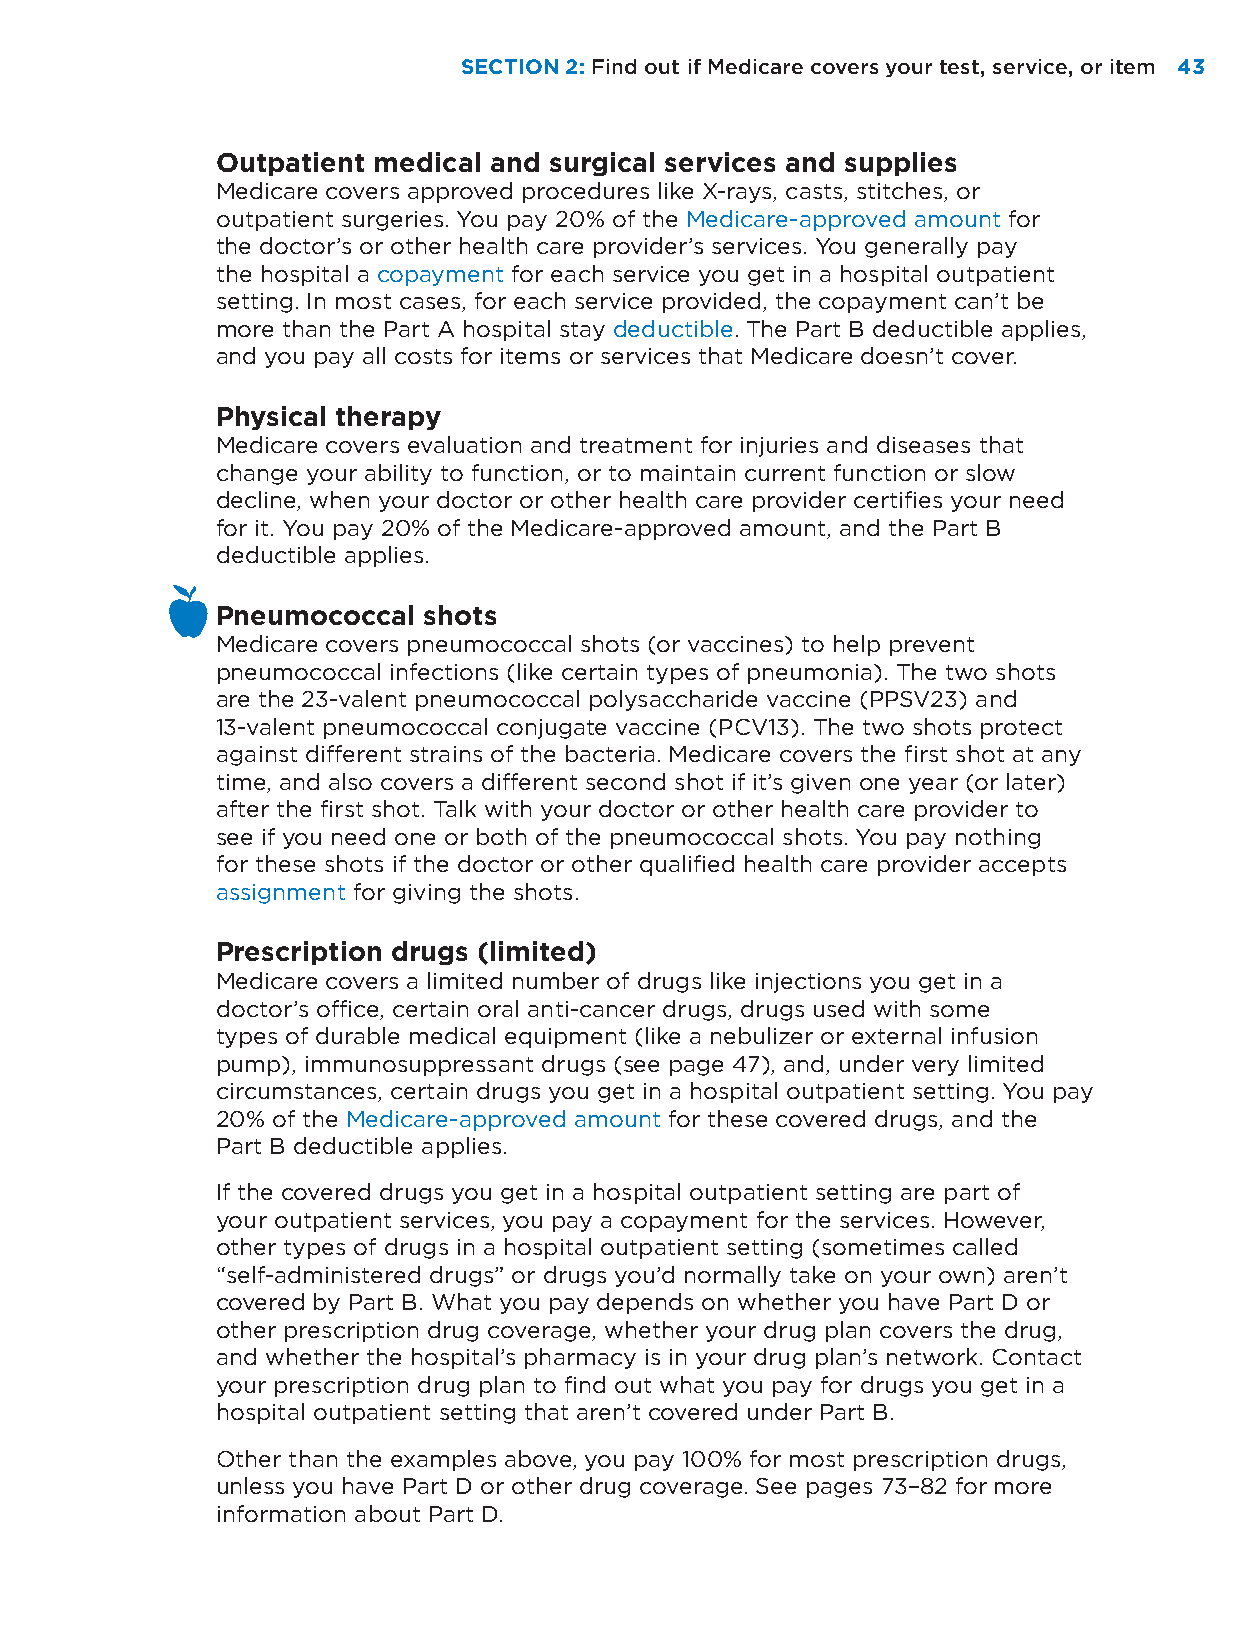
SECTION 2: Find out if Medicare covers your test, service, or item 4433
 Outpatient medical and surgical services and supplies
 Medicare covers approved procedures like X-rays, casts, stitches, or
 outpatient surgeries. You pay 20% of the Medicare-approved amount for
 the doctor’s or other health care provider’s services. You generally pay
 the hospital a copayment for each service you get in a hospital outpatient
 setting. In most cases, for each service provided, the copayment can’t be
 more than the Part A hospital stay deductible. The Part B deductible applies,
 and you pay all costs for items or services that Medicare doesn’t cover.
 Physical therapy
 Medicare covers evaluation and treatment for injuries and diseases that
 change your ability to function, or to maintain current function or slow
 decline, when your doctor or other health care provider certifies your need
 for it. You pay 20% of the Medicare-approved amount, and the Part B
 deductible applies.
 Pneumococcal  shots
 Medicare covers pneumococcal shots (or vaccines) to help prevent
 pneumococcal infections (like certain types of pneumonia). The two shots
 are the 23-valent pneumococcal polysaccharide vaccine (PPSV23) and
 13-valent pneumococcal conjugate vaccine (PCV13). The two shots protect
 against different strains of the bacteria. Medicare covers the first shot at any
 time, and also covers a different second shot if it’s given one year (or later)
 after the first shot. Talk with your doctor or other health care provider to
 see if you need one or both of the pneumococcal shots. You pay nothing
 for these shots if the doctor or other qualified health care provider accepts
 assignment for giving the shots.
 Prescription drugs (limited)
 Medicare covers a limited number of drugs like injections you get in a
 doctor’s office, certain oral anti-cancer drugs, drugs used with some
 types of durable medical equipment (like a nebulizer or external infusion
 pump), immunosuppressant drugs (see page 47), and, under very limited
 circumstances, certain drugs you get in a hospital outpatient setting. You pay
 20% of the Medicare-approved amount for these covered drugs, and the
 Part B deductible applies.
 If the covered drugs you get in a hospital outpatient setting are part of
 your outpatient services, you pay a copayment for the services. However,
 other types of drugs in a hospital outpatient setting (sometimes called
 “self-administered drugs” or drugs you’d normally take on your own) aren’t
 covered by Part B. What you pay depends on whether you have Part D or
 other prescription drug coverage, whether your drug plan covers the drug,
 and whether the hospital’s pharmacy is in your drug plan’s network. Contact
 your prescription drug plan to find out what you pay for drugs you get in a
 hospital outpatient setting that aren’t covered under Part B.
 Other than the examples above, you pay 100% for most prescription drugs,
 unless you have Part D or other drug coverage. See pages 73–82 for more
 information about Part D.